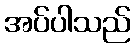
အပ်ပါသည်